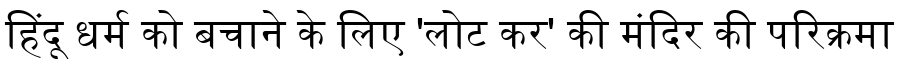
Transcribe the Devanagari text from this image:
हिंदू धर्म को बचाने के लिए 'लोट कर' की मंदिर की परिक्रमा